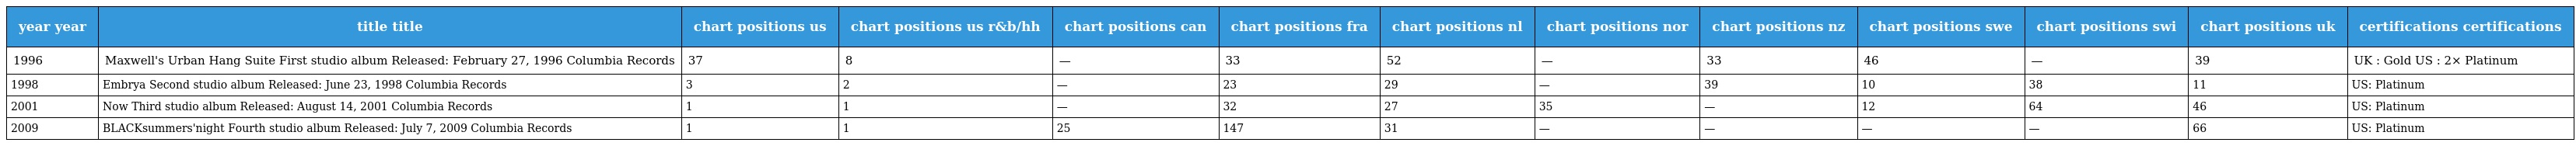
| year year | title title | chart positions us | chart positions us r&b/hh | chart positions can | chart positions fra | chart positions nl | chart positions nor | chart positions nz | chart positions swe | chart positions swi | chart positions uk | certifications certifications |
 | --- | --- | --- | --- | --- | --- | --- | --- | --- | --- | --- | --- | --- |
 | 1996 | Maxwell's Urban Hang Suite First studio album Released: February 27, 1996 Columbia Records | 37 | 8 | — | 33 | 52 | — | 33 | 46 | — | 39 | UK : Gold US : 2× Platinum |
 | 1998 | Embrya Second studio album Released: June 23, 1998 Columbia Records | 3 | 2 | — | 23 | 29 | — | 39 | 10 | 38 | 11 | US: Platinum |
 | 2001 | Now Third studio album Released: August 14, 2001 Columbia Records | 1 | 1 | — | 32 | 27 | 35 | — | 12 | 64 | 46 | US: Platinum |
 | 2009 | BLACKsummers'night Fourth studio album Released: July 7, 2009 Columbia Records | 1 | 1 | 25 | 147 | 31 | — | — | — | — | 66 | US: Platinum |